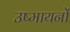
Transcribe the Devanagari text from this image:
उष्मायनों